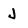
Character: J